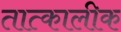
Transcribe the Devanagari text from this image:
तात्‍कालीक